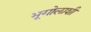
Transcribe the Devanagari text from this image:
भूगोलाशी